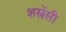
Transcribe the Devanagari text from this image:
शस्त्रेंसी